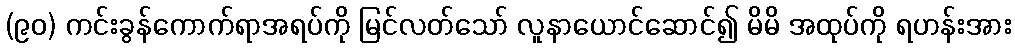
(၉၀) ကင်းခွန်ကောက်ရာအရပ်ကို မြင်လတ်သော် လူနာယောင်ဆောင်၍ မိမိ အထုပ်ကို ရဟန်းအား